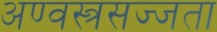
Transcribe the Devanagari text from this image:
अण्वस्त्रसज्जता